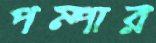
পম্পার